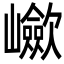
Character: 𡾴